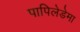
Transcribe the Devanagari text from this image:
पापिलेडेमा